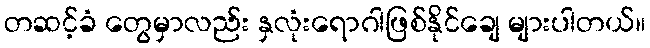
တဆင့်ခံ တွေမှာလည်း နှလုံးရောဂါဖြစ်နိုင်ချေ များပါတယ်။